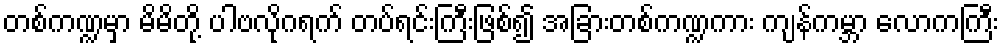
တစ်ကဏ္ဍမှာ မိမိတို့ ပါဗလိုဂရက် တပ်ရင်းကြီးဖြစ်၍ အခြားတစ်ကဏ္ဍကား ကျန်ကမ္ဘာ လောကကြီး